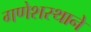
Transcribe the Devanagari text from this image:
गणेशस्थाने